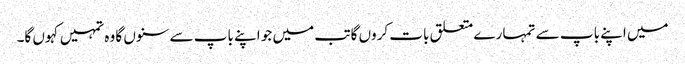
میں اپنے باپ سے تمہا رے متعلق بات کروں گا تب میں جو اپنے باپ سے سنوں گا وہ تمہیں کہوں گا۔